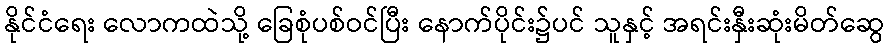
နိုင်ငံရေး လောကထဲသို့ ခြေစုံပစ်ဝင်ပြီး နောက်ပိုင်း၌ပင် သူနှင့် အရင်းနှီးဆုံးမိတ်ဆွေ